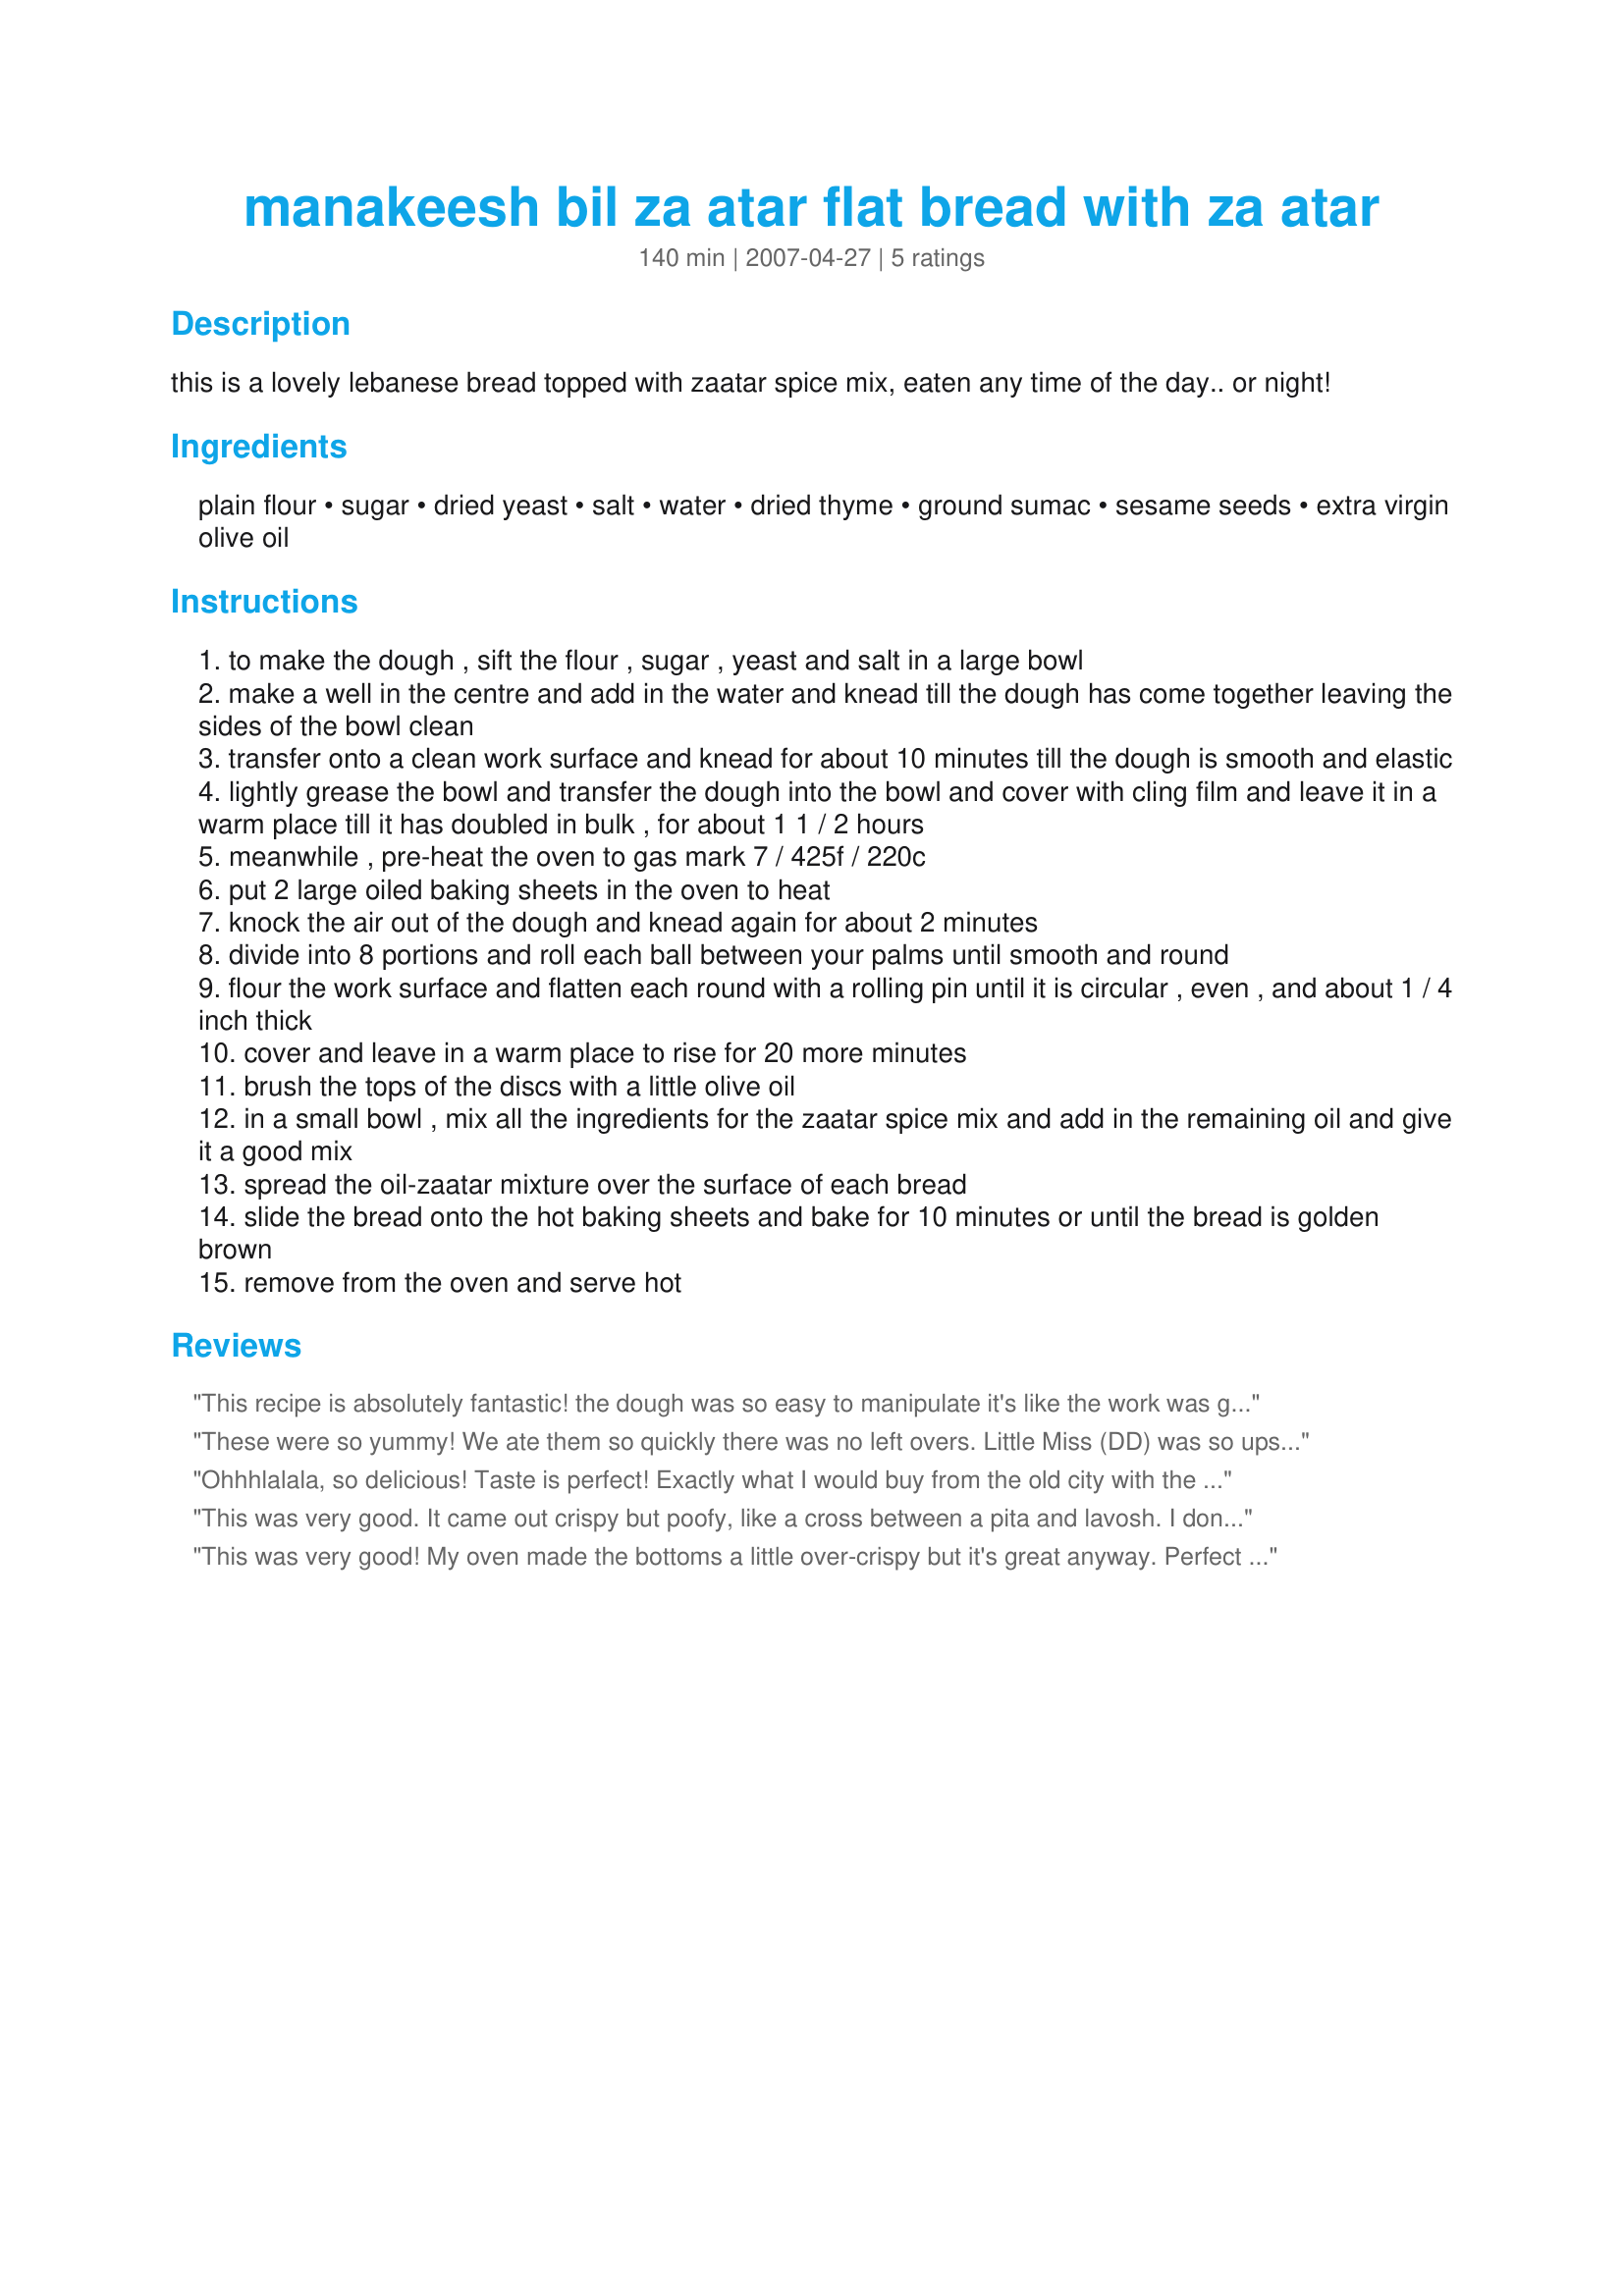
manakeesh bil za atar flat bread with za atar
Preparation time: 140 minutes

this is a lovely lebanese bread topped with zaatar spice mix, eaten any time of the day.. or night!

Ingredients:
plain flour, sugar, dried yeast, salt, water, dried thyme, ground sumac, sesame seeds, extra virgin olive oil

Steps:
to make the dough , sift the flour , sugar , yeast and salt in a large bowl
make a well in the centre and add in the water and knead till the dough has come together leaving the sides of the bowl clean
transfer onto a clean work surface and knead for about 10 minutes till the dough is smooth and elastic
lightly grease the bowl and transfer the dough into the bowl and cover with cling film and leave it in a warm place till it has doubled in bulk , for about 1 1 / 2 hours
meanwhile , pre-heat the oven to gas mark 7 / 425f / 220c
put 2 large oiled baking sheets in the oven to heat
knock the air out of the dough and knead again for about 2 minutes
divide into 8 portions and roll each ball between your palms until smooth and round
flour the work surface and flatten each round with a rolling pin until it is circular , even , and about 1 / 4 inch thick
cover and leave in a warm place to rise for 20 more minutes
brush the tops of the discs with a little olive oil
in a small bowl , mix all the ingredients for the zaatar spice mix and add in the remaining oil and give it a good mix
spread the oil-zaatar mixture over the surface of each bread
slide the bread onto the hot baking sheets and bake for 10 minutes or until the bread is golden brown
remove from the oven and serve hot

Reviews:
This recipe is absolutely fantastic! the dough was so easy to manipulate it's like the work was getting done alone lol and once you cook it its just wow
These were so yummy! We ate them so quickly there was no left overs. Little Miss (DD) was so upset they finished quickly because she wanted more. Followed the recipe as written, didn't change a thing. I think next time I would double the amount. Thank you Aaliyah's mum.
Ohhhlalala, so delicious! Taste is perfect! Exactly what I would buy from the old city with the delicious zaatar topping. Since I already had zaatar, all I had to do was make the dough which I find myself adding a little bit more flour to be able to work with the mixture. I should have made more since it didn't last so I'll be making this again today doubling the mixture this time! Thank you for sharing Aaliyah's mum :)
This was very good. It came out crispy but poofy, like a cross between a pita and lavosh. I don't know if that's how it was supposed to be, or not, but we enjoyed it. Made for N*A*M*E Tag!
This was very good! My oven made the bottoms a little over-crispy but it's great anyway. Perfect with chumus (hummus).
